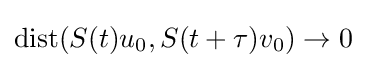
{\text{dist}}(S(t)u_{0},S(t+\tau )v_{0})\to 0